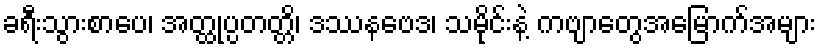
ခရီးသွားစာပေ၊ အတ္ထုပ္ပတတ္တိ၊ ဒဿနဗေဒ၊ သမိုင်းနဲ့ ကဗျာတွေအမြောက်အများ